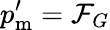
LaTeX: p_{\mathrm{m}}^{\prime}={\cal F}_{G}